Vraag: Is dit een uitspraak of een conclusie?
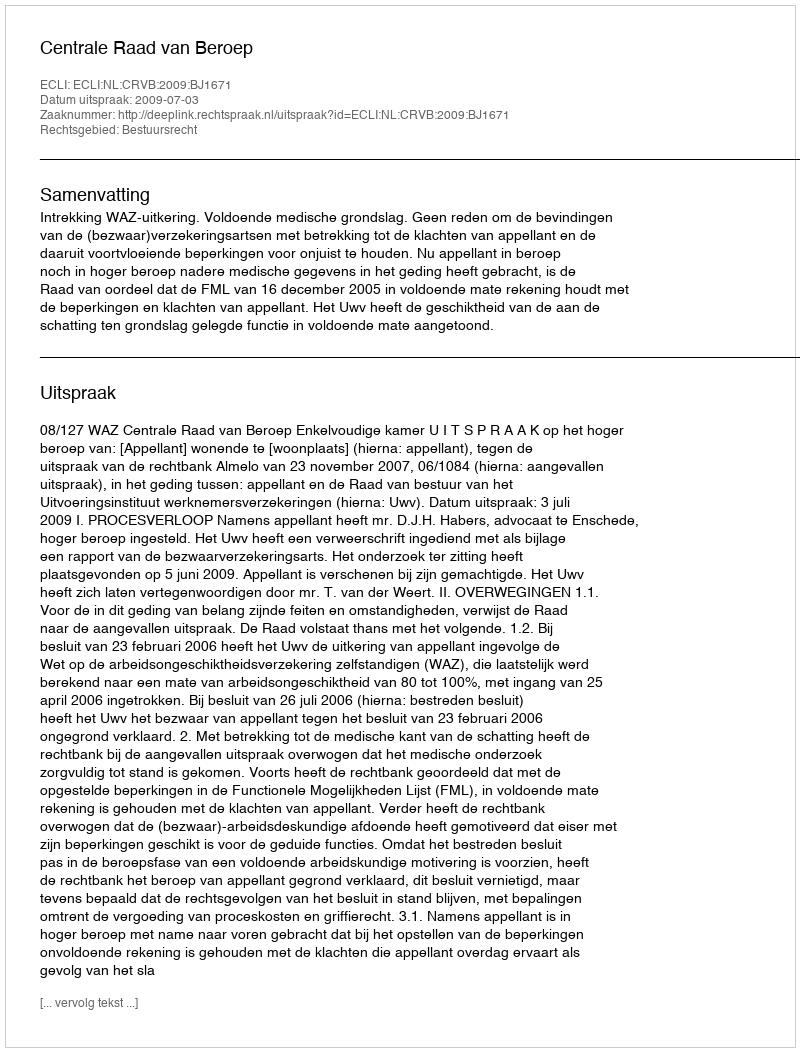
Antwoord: Uitspraak